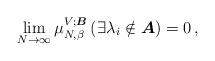
LaTeX: \begin{align*}\lim_{N\rightarrow\infty}\mu_{N, \beta}^{V;\boldsymbol{B}}\left(\exists \lambda_{i}\notin \boldsymbol{A}\right)=0\,, \end{align*}